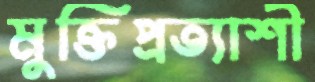
মুক্তিপ্রত্যাশী